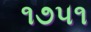
૧૭૫૧